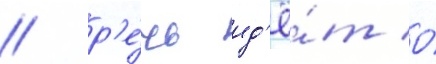
/ р'е́чь ид'ё́т о́